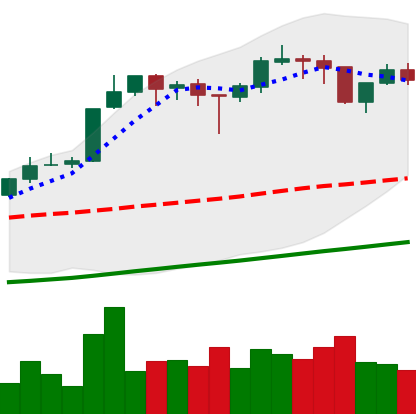
Ticker: BTC-USD
Chart end date: 2017-10-27
Forward return: 17.063%
Label: up_7plus